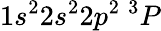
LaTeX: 1s^{2}2s^{2}2p^{2}\ ^{3}P